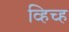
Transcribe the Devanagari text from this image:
व्हिच्ह